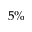
5 \%